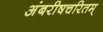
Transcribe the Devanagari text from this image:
अंबरीषचरितम्